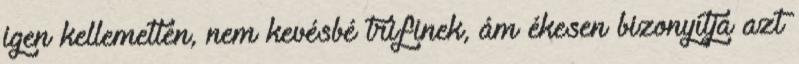
igen kellemetlen, nem kevésbé trifinek, ám ékesen bizonyítja azt